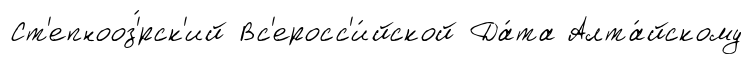
Ст'епнооз'́рск'ий Вс'еросс'и́йской Да́та Алта́йскому